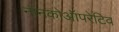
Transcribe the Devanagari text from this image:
नॉनकोऑपरेटिव